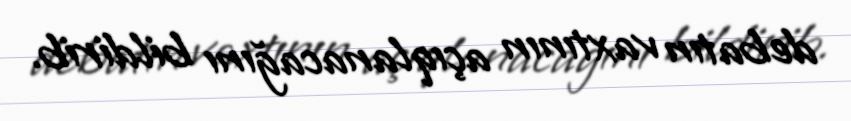
debatın vaxtının açıqlanacağını bildirib.